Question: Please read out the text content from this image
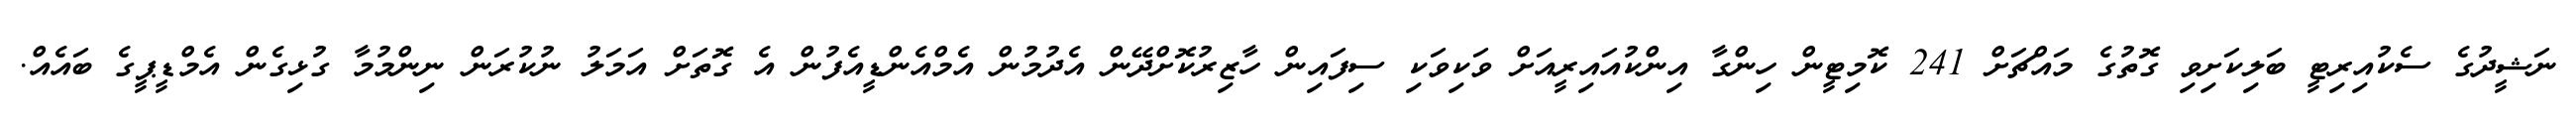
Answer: ނަޝީދުގެ ސެކުއިރިޓީ ބަލިކަށިވި ގޮތުގެ މައްޗަށް 241 ކޮމިޓީން ހިންގާ އިންކުއައިރީއަށް ވަކިވަކި ސިފައިން ހާޒިރުކޮށްދޭން އެދުމުން އެމްއެންޑީއެފުން އެ ގޮތަށް އަމަލު ނުކުރަން ނިންމުމާ ގުޅިގެން އެމްޑީޕީގެ ބައެއް.